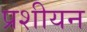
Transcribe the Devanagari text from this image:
प्रशीयन